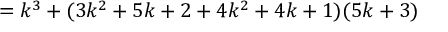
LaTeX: = k ^ { 3 } + ( 3 k ^ { 2 } + 5 k + 2 + 4 k ^ { 2 } + 4 k + 1 ) ( 5 k + 3 )